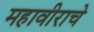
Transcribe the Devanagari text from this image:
महावीराचे